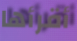
أقرأها